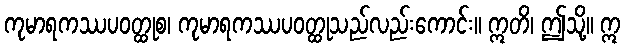
ကုမာရကဿပဝတ္ထုစ၊ ကုမာရကဿပဝတ္ထုသည်လည်းကောင်း။ ဣတိ၊ ဤသို့။ ဣ